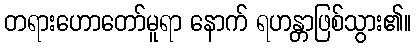
တရားဟောတော်မူရာ နောက် ရဟန္တာဖြစ်သွား၏။